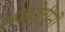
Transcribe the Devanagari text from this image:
सबरोटीनों